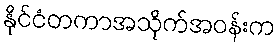
နိုင်ငံတကာအသိုက်အဝန်းက